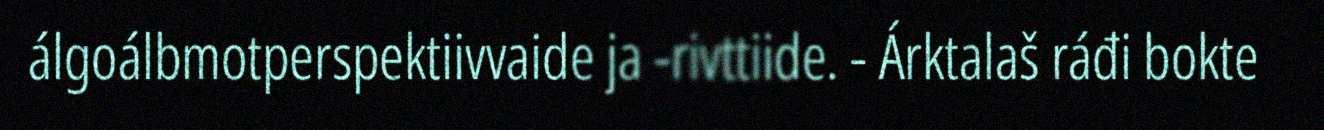
álgoálbmotperspektiivvaide ja -rivttiide. - Árktalaš ráđi bokte